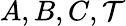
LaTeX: A,B,C,{\cal T}